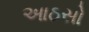
આઠસો